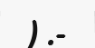
) .-